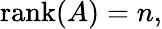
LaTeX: {\mathrm{rank}}(A)=n,